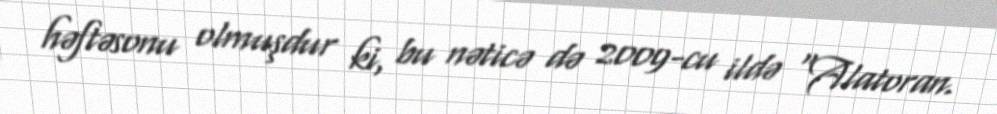
həftəsonu olmuşdur ki, bu nəticə də 2009-cu ildə “Alatoran.